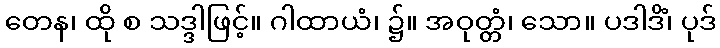
တေန၊ ထို စ သဒ္ဒါဖြင့်။ ဂါထာယံ၊ ၌။ အဝုတ္တံ၊ သော။ ပဒါဒိံ၊ ပုဒ်